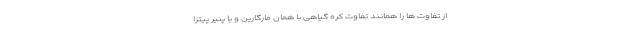
از تفاوت ها را همانند تفاوت کره گیاهی با همان مارگارین و یا پنیر پیتزا